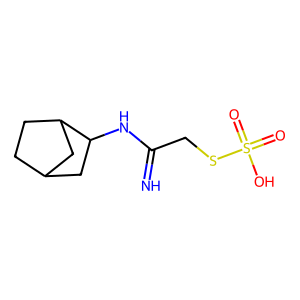
SMILES: N=C(CSS(=O)(=O)O)NC1CC2CCC1C2
Inhibits HIV replication: No